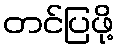
တင်ပြဖို့